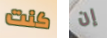
كنت إن